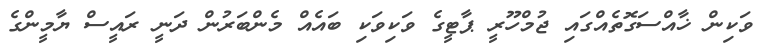
ވަކިން ޚާއްސަގޮތެއްގައި ޖުމްހޫރީ ޕާޓީގެ ވަކިވަކި ބައެއް މެންބަރުން ދަނީ ރައީސް ޔާމީންގެ